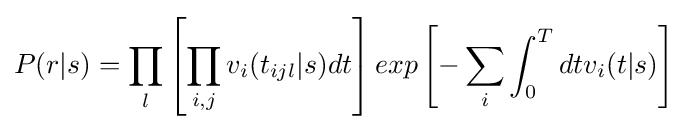
P(r|s)=\prod _{l}\left[\prod _{i,j}v_{i}(t_{ijl}|s)dt\right]exp\left[-\sum _{i}\int _{0}^{T}dtv_{i}(t|s)\right]